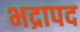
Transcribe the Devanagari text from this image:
भद्रापद